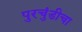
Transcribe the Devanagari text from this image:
पुरचुंडीचा